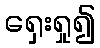
ရှေးရှု၍